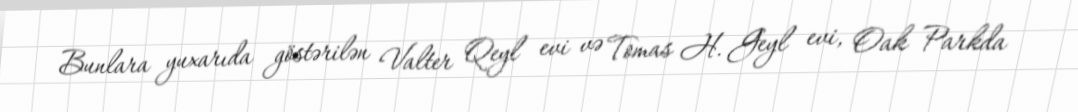
Bunlara yuxarıda göstərilən Valter Qeyl evi və Tomas H. Geyl evi, Oak Parkda